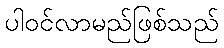
ပါဝင်လာမည်ဖြစ်သည်